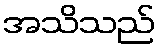
အသိသည်